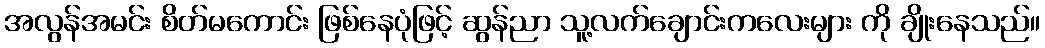
အလွန်အမင်း စိတ်မကောင်း ဖြစ်နေပုံဖြင့် ဆွန်ညာ သူ့လက်ချောင်းကလေးများ ကို ချိုးနေသည်။